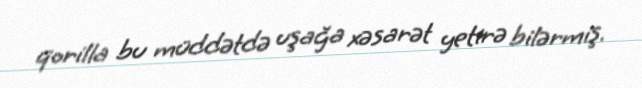
qorilla bu müddətdə uşağa xəsarət yetirə bilərmiş.